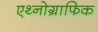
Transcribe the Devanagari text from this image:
एथ्नोग्राफिक